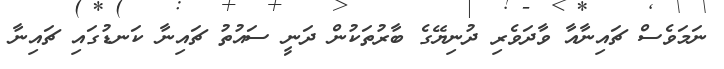
ނަމަވެސް ޗައިނާއާ ވާދަވެރި ދުނިޔޭގެ ބާރުތަކުން ދަނީ ސައުތު ޗައިނާ ކަނޑުގައި ޗައިނާ